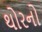
થોરનો